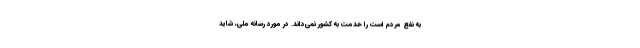
به نفع مردم است را خدمت به کشور نمی‌داند. در مورد رسانه ملی، شاید